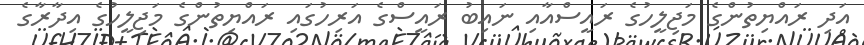
އަދި ރައްޔިތުންގެ މަޖިލީހުގެ ރައީސްއާއި ނައިބު ރައީސްގެ އަރިހުގައި ރައްޔިތުންގެ މަޖިލީހުގެ އިދާރާގެ